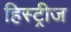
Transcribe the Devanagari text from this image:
हिस्ट्रीज